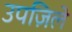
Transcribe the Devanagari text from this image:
उपज़िले